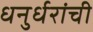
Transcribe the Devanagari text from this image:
धनुर्धरांची